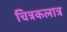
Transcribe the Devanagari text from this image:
चित्रकलात्र